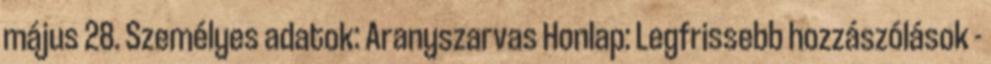
május 28. Személyes adatok: Aranyszarvas Honlap: Legfrissebb hozzászólások -